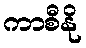
ကာစီနို